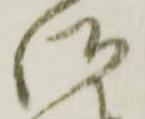
御